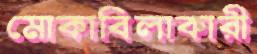
মোকাবিলাকারী